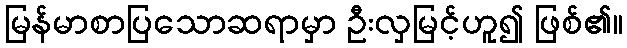
မြန်မာစာပြသောဆရာမှာ ဦးလှမြင့်ဟူ၍ ဖြစ်၏။